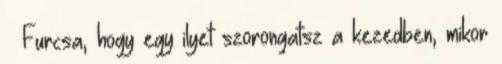
– Furcsa, hogy egy ilyet szorongatsz a kezedben, mikor